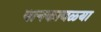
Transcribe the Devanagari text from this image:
पानकावळ्या